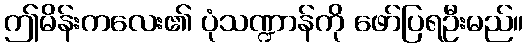
ဤမိန်းကလေး၏ ပုံသဏ္ဍာန်ကို ဖော်ပြရဦးမည်။